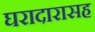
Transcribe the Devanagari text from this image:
घरादारासह